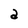
Character: a